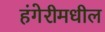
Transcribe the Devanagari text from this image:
हंगेरीमधील